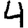
Digit: 4